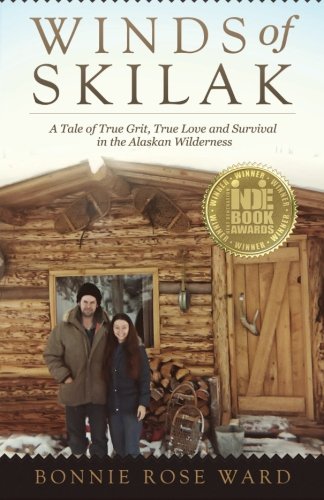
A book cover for Winds of Skilak: A Tale of True Grit, True Love and Survival in the Alaskan Wilderness; Bonnie Rose Ward; Science & Math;